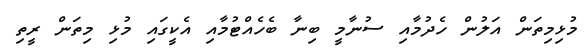
މުޅިމިތަން އަލުން ހެދުމާއި ސުނާމީ ބިނާ ބެހެއްޓުމާއި އެކީގައި މުޅި މިތަން ރީތި